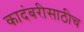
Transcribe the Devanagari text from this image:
कादंबरीसाठीच